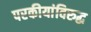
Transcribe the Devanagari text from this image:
परकीयांविरुद्ध